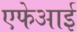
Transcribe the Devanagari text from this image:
एफेआई